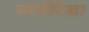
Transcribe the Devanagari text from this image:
व्यक्तीरेखा